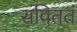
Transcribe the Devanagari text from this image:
संविततं